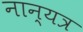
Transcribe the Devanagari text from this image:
नान्यत्र